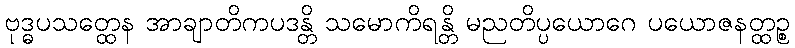
ဗုဒ္ဓပသတ္ထေန အာချာတိကပဒန္တိ သမောကိရန္တိ မညတိပ္ပယောဂေ ပယောဇနတ္ထဉ္စ